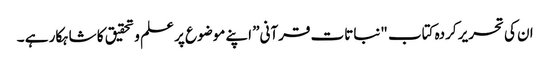
ان کی تحریر کردہ کتاب "نباتات قرآنی” اپنے موضوع پر علم و تحقیق کا شاہکار ہے ۔